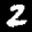
Label: 2